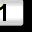
Digit: 1